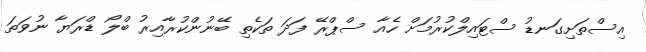
އިސްތަށިގަނޑު ސްޓައިލްކުރުމަށް ހެއާ ސްޕްރޭ ފަދަ ތަކެތި ބޭނުންކުރާއިރު ބްލޯ ޑްރަޔާ ނުވަތަ